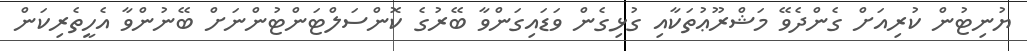
ޔުނިޓުން ކުރިއަށް ގެންދެވޭ މަޝްރޫޢުތަކާއި ގުޅިގެން ވަޑައިގަންވާ ބޭރުގެ ކޮންސަލްޓަންޓުންނަށް ބޭނުންވާ އެހީތެރިކަން